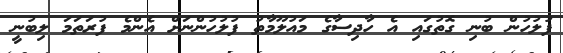
ފުލުހުން ބުނި ގޮތުގައި އެ ހާދިސާގެ މައުލޫމާތު ފުލުހުންނަށް އެންމެ ފުރަތަމަ ލިބުނީ